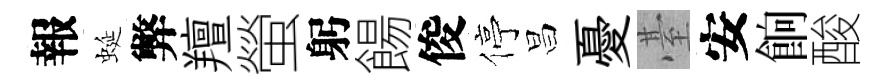
報蜒弊羶螢躬餳俊停昌憂䑓安餉酸